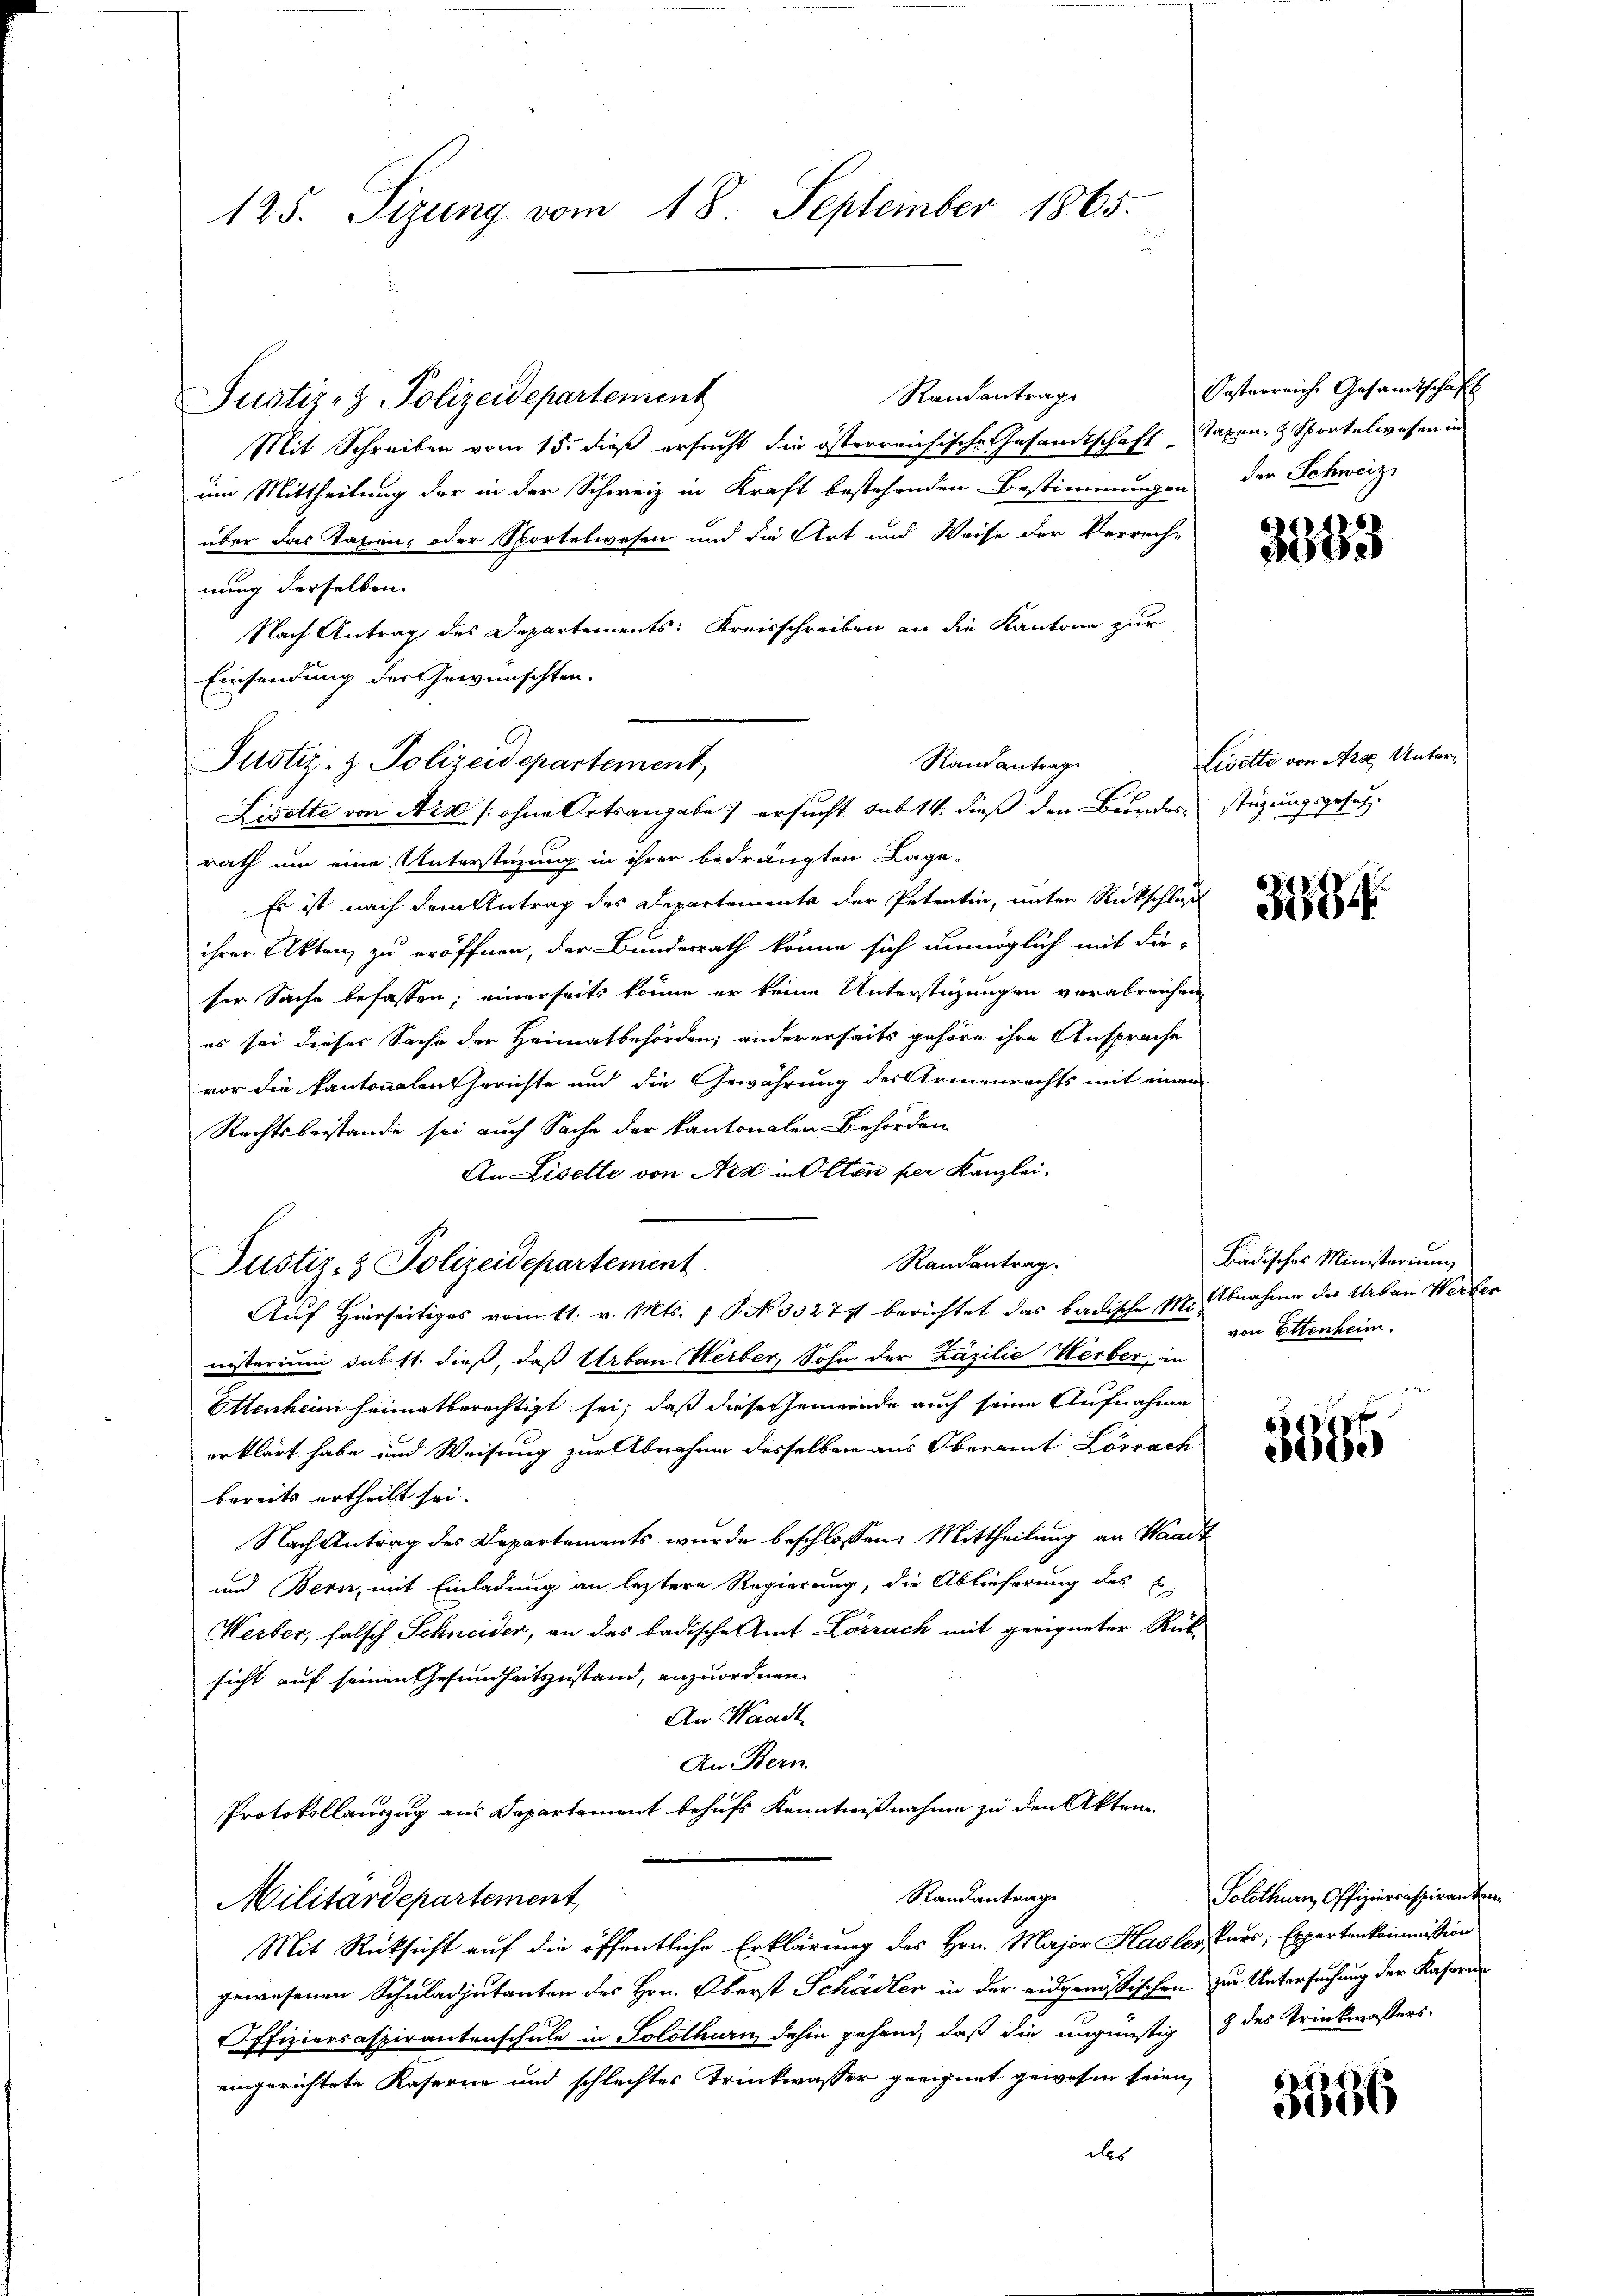
125. Sizung vom 18. September 1865.

Justiz- & Polizeidepartement

Justiz- & Polizeidepartement

Justiz- & Polizeidepartement

Randantrag

Randantrage
Mit Schreiben vom 15. dieß ersucht die österreichische Gesandtschaft taxen Sportelwesen in
um Mittheilung der in der Schweiz in Kraft bestehenden Bestimmungen der Schweiz
über das Taxen, oder Sportelwesen und die Art und Weise der Verrech-
nung derselben
Nach Antrag des Departements: Kreisschreiben an die Kantone zur
Einsendung der Gewünschten.
Livette von Ars (ohne Ortsangabe ersucht sub 14. dieß den Bundes stüzungsgesuch
rath um eine Unterstüzung in ihrer bedrängten Lage-
Es ist nach dem Antrag des Departements der Petentin, unter Rückschluß
ihrer Akten zu eröffnen, der Bundesrath könne sich unmöglich mit die-
ser Sache befassen; einerseits könne er keine Unterstüzungen verabreichen
es sei dieser Sache der Heimatbehörden; andererseits gehöre ihre Ansprache
vor die kantonalen Gerichte und die Gewährung des Armenrechts mit einem
Rechtsbeistande sei auch Sache der kantonalen Behörden
An Liselle von Art in Olten per Kanzlei,
Randantrag.
Auf Hierseitiges vom 11. v. Mts. 1 P. Nr. 332 t berichtet das badische Mit Abnahme der Urban Werter
nisterium sub. 11. dieß, daß Urban Herber, Sohn der Zäzilie Herber, in
Ettenheim heimatberechtigt sei; daß dieses hemmende auch seine Aufnahme
erklärt habe und Weisung zur Abnahme desselben aus Oberamt Lörrach
bereits ertheilt sei.
Nach Antrag des Departements wurde beschlossen: Mittheilung an Waadt
und Bern, mit Einladung an letztere Regierung, die Ablieferung des E.
Werber, falsch Schneider, an das badische Amt Lörrach mit geeigneter Rück-
sicht auf seinen Gesundheitszustand, anzuordnen.
An Waadt
An Bern
Protokollauszug aus Departement behufs Kenntnißnahme zu den Akten.
Standantrage
Militärdepartement
Mit Rücksicht auf die öffentliche Erklärung des Hrn. Major Hasler, Eurs; Expertenkommißion
gewesenen Schuladjutanten des Hrn. Oberst Schädler in der eidgenößischen zur Untersuchung der Kasern
Offiziersaspirantenschule in Solothurn dahin gehend, daß die ungünstig 3 des Trinkwassers-
eingerichtete Kaserne und schlechtes Trinkwasser geeignet gewesen seien,
ds

Oesterreiche Gesandtschaft

3583

Livette von Art. Unter¬

394

Badisches Ministerium
von Ettenheim.

3595

Solothurn, Offiziersaspiranten

3396